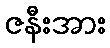
ဇနီးအား